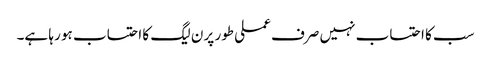
سب کا احتساب نہیں صرف عملی طور پر ن لیگ کا احتساب ہو رہا ہے۔